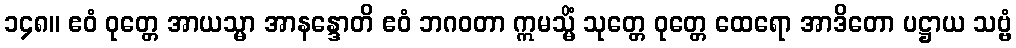
၁၄၈။ ဧဝံ ဝုတ္တေ အာယသ္မာ အာနန္ဒောတိ ဧဝံ ဘဂဝတာ ဣမသ္မိံ သုတ္တေ ဝုတ္တေ ထေရော အာဒိတော ပဋ္ဌာယ သဗ္ဗံ